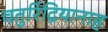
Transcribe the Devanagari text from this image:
चतुरिंद्रियानाह